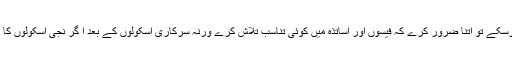
اس کی بنیادی وجہ یہ کہ اساتذہ Underpaidہیں اور پیٹ ان کے ساتھ بھی لگا ہے تو کوئی کرسکے تو اتنا ضرور کرے کہ فیسوں اور اساتذہ میں کوئی تناسب تلاش کرے ورنہ سرکاری اسکولوں کے بعد ا گر نجی اسکولوں کا بھٹہ بھی بیٹھ گیا تو رہی سہی کسر پوری ہوجائے گی اور اس نقصان کا ا زالہ شاید ممکن نہ ہو۔